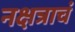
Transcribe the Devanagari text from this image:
नक्षत्राचं